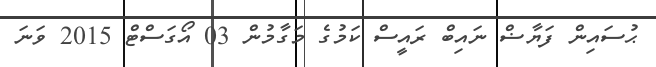
ޙުސައިން ފަޔާޟް ނައިބް ރައީސް ކަމުގެ މަގާމުން 03 އޯގަސްޓް 2015 ވަނަަ